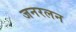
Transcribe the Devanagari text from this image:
जनरलन